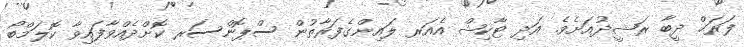
ފަރަޙް ދީބާ ރަޝީދުއަށެވެ. އަދި ޓާކިޝް އެއަރ ލައިންގެފަރާތުން ސްޕޮންސަރ ކޮށްދެއްވާފައިވާ ކޮލަމްބޯ